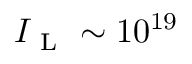
I _ { \mathrm { ~ L ~ } } \sim 1 0 ^ { 1 9 }